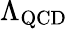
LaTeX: \Lambda_{\mathrm{QCD}}